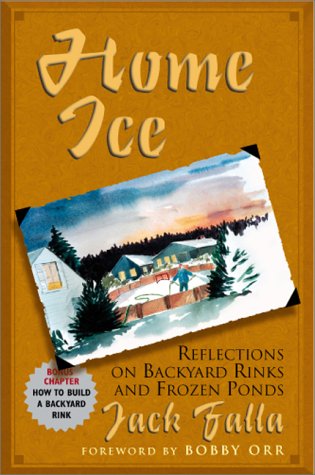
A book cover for Home Ice: Reflections on Backyard Rinks and Frozen Ponds; Jack Falla; Sports & Outdoors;